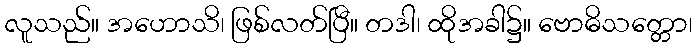
လူသည်။ အဟောသိ၊ ဖြစ်လတ်ပြီ။ တဒါ၊ ထိုအခါ၌။ ဗောဓိသတ္တော၊